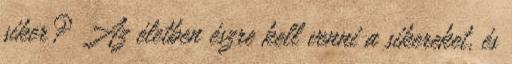
siker? Az életben észre kell venni a sikereket, és